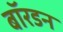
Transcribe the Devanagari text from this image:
बॉरडन